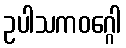
ဥပါသကဝဂ္ဂေါ